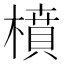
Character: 橨